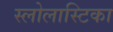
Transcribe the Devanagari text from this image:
स्लोलास्टिका